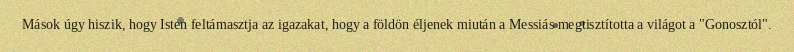
Mások úgy hiszik, hogy Isten feltámasztja az igazakat, hogy a földön éljenek miután a Messiás megtisztította a világot a "Gonosztól".